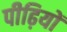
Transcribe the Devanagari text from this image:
पीढ़ियों